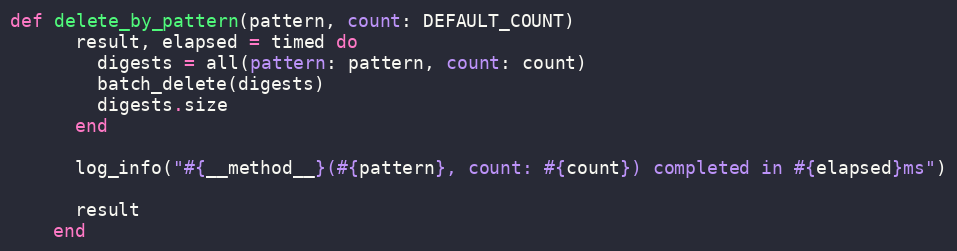
Language: Ruby
def delete_by_pattern(pattern, count: DEFAULT_COUNT)
      result, elapsed = timed do
        digests = all(pattern: pattern, count: count)
        batch_delete(digests)
        digests.size
      end

      log_info("#{__method__}(#{pattern}, count: #{count}) completed in #{elapsed}ms")

      result
    end